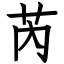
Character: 芮